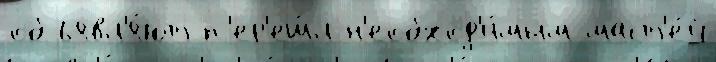
объявл'я́ют п'ер'еш́л н'еобход'и́мым маст'е́й